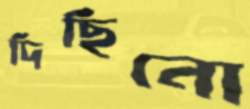
দিছিনো